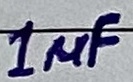
Text: 1µF